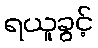
ရယူခွင့်